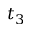
t _ { 3 }